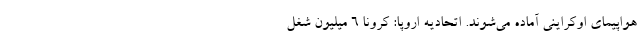
هواپیمای اوکراینی آماده می‌شوند. اتحادیه اروپا: کرونا ۶ میلیون شغل